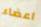
اعضاء